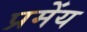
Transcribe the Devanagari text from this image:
प्रमेंय